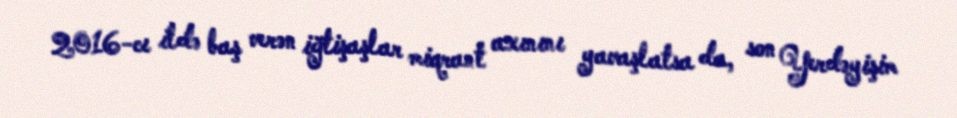
2016-cı ildə baş verən iğtişaşlar miqrant axınını yavaşlatsa da, son Yerdəyişim